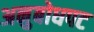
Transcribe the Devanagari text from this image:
अनुबोधपट